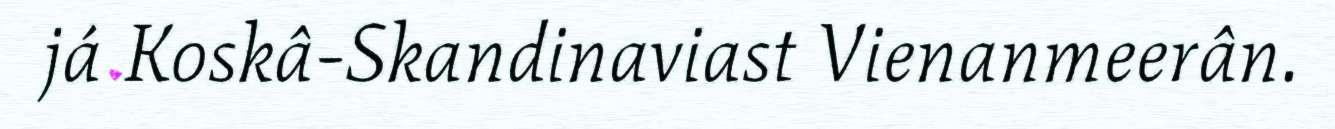
já Koskâ-Skandinaviast Vienanmeerân.